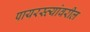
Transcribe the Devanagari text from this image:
पायरस्त्यांवरील